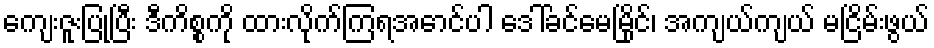
ကျေးဇူးပြုပြီး ဒီကိစ္စကို ထားလိုက်ကြရအောင်ပါ ဒေါ်ခင်မေမြိုင်၊ အကျယ်ကျယ် မငြိမ်းဖွယ်